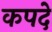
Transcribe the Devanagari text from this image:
कपदे